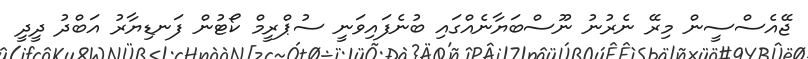
ޖޭއެސްސީން މިރޭ ނެރުނު ނޫސްބަޔާނެއްގައި ބުނެފައިވަނީ ސުޕްރީމް ކޯޓުން ފަނޑިޔާރު އަބްދު ދީދީ